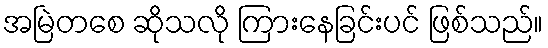
အမြဲတစေ ဆိုသလို ကြားနေခြင်းပင် ဖြစ်သည်။